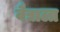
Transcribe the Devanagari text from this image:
वैद्याला